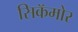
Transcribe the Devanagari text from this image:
सिकॅमोर